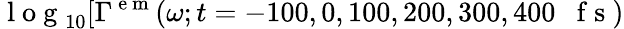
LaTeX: \mathrm{~l~o~g~}_{10}[\Gamma^{\mathrm{~e~m~}}(\omega;t=-100,0,100,200,300,400\mathrm{~~~f~s~})